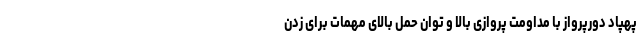
پهپاد دورپرواز با مداومت پروازی بالا و توان حمل بالای مهمات برای زدن